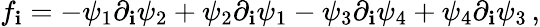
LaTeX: f_{\mathbf{i}}=-\psi_{1}\partial_{\mathbf{i}}\psi_{2}+\psi_{2}\partial_{\mathbf{i}}\psi_{1}-\psi_{3}\partial_{\mathbf{i}}\psi_{4}+\psi_{4}\partial_{\mathbf{i}}\psi_{3}\, ,